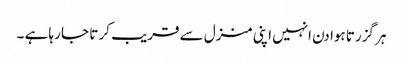
ہر گزرتا ہوا دن انہیں اپنی منزل سے قریب کر تا جا رہا ہے ۔